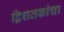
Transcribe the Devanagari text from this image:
द्विशतकांचा